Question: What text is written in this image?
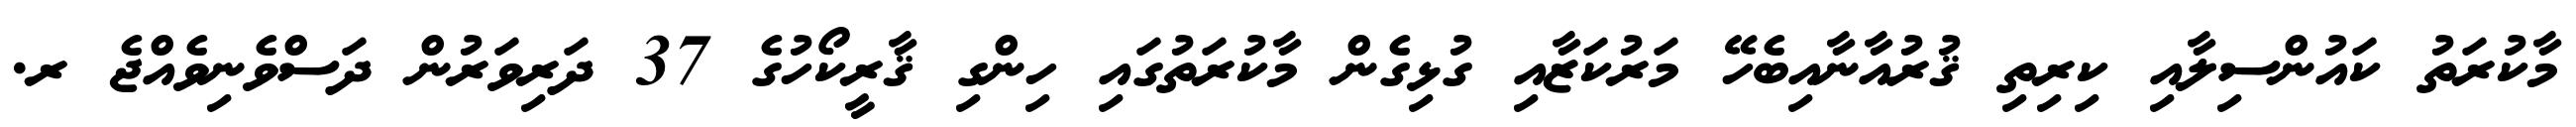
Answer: މާކުރަތު ކައުންސިލާއި ކިރިތި ޤުރުއާނާއިބެހޭ މަރުކަޒާއި ގުޅިގެން މާކުރަތުގައި ހިންގި ޤާރީކޯހުގެ 37 ދަރިވަރުން ދަސްވެނިވެއްޖެ ރ.